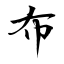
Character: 布